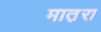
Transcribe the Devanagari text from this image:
मात़रा